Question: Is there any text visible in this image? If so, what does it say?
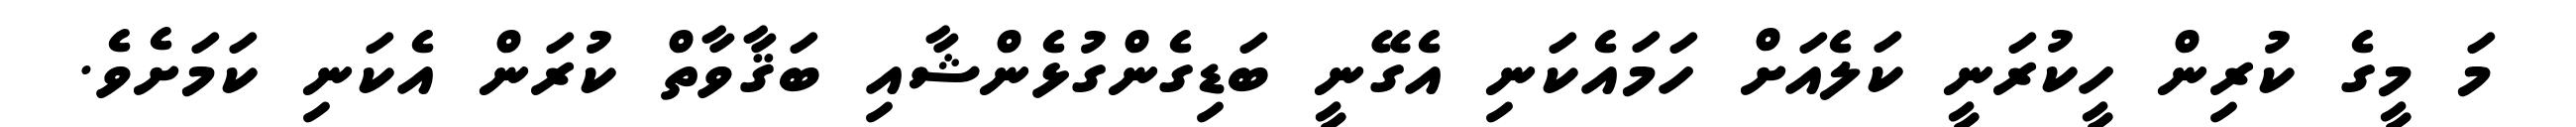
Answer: މަ މީގެ ކުރިން ހީކުރަނީ ކަލެއަށް ހަމައެކަނި އެގޭނީ ބަޑިގެންގުޅެންޝާއި ބަޤާވާތް ކުރަން އެކަނި ކަމަށެވެ.